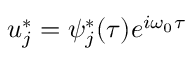
u _ { j } ^ { * } = \psi _ { j } ^ { * } ( \tau ) e ^ { i \omega _ { 0 } \tau }